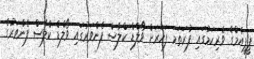
ޕީޕީއެމްގެ ވެރިކަމުގައި ފުރަތަމަ ފަހަރަށް ވޯލްޑް ކްލާސް ފެންވަރުގައި ވޯލްޑް ކްލާސް ފެންވަރުގެ